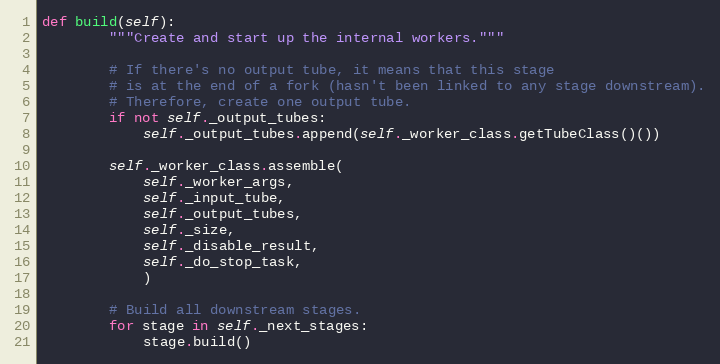
Language: Python
def build(self):
        """Create and start up the internal workers."""

        # If there's no output tube, it means that this stage
        # is at the end of a fork (hasn't been linked to any stage downstream).
        # Therefore, create one output tube.
        if not self._output_tubes:
            self._output_tubes.append(self._worker_class.getTubeClass()())

        self._worker_class.assemble(
            self._worker_args,
            self._input_tube,
            self._output_tubes,
            self._size,
            self._disable_result,
            self._do_stop_task,
            )

        # Build all downstream stages.
        for stage in self._next_stages:
            stage.build()